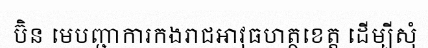
ប៊ិន មេបញ្ជាការកងរាជអាវុធហត្ថខេត្ត ដើម្បីសុំ